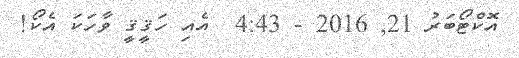
އޮކްޓޯބަރު 21